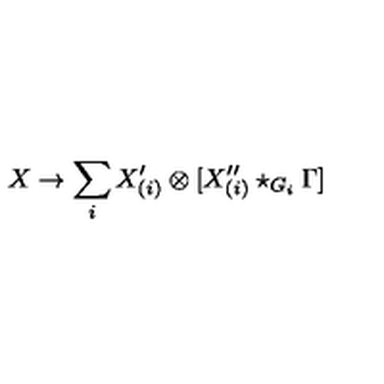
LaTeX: X \to \sum _ { i } X _ { ( i ) } ^ { \prime } \otimes [ X _ { ( i ) } ^ { \prime \prime } \star _ { G _ { i } } \Gamma ]